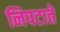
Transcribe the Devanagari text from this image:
निपटाते